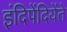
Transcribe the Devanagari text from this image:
इंदिपेंदियेंते